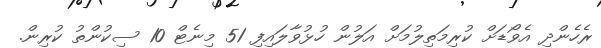
ރެހެންދި އެވޯޑަށް ކުރިމަތިލުމަށް އަލުން ހުޅުވާލައިފި 51 މިނެޓް 10 ސިކުންތު ކުރިން.